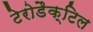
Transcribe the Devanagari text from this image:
टेरोडैक्टिल